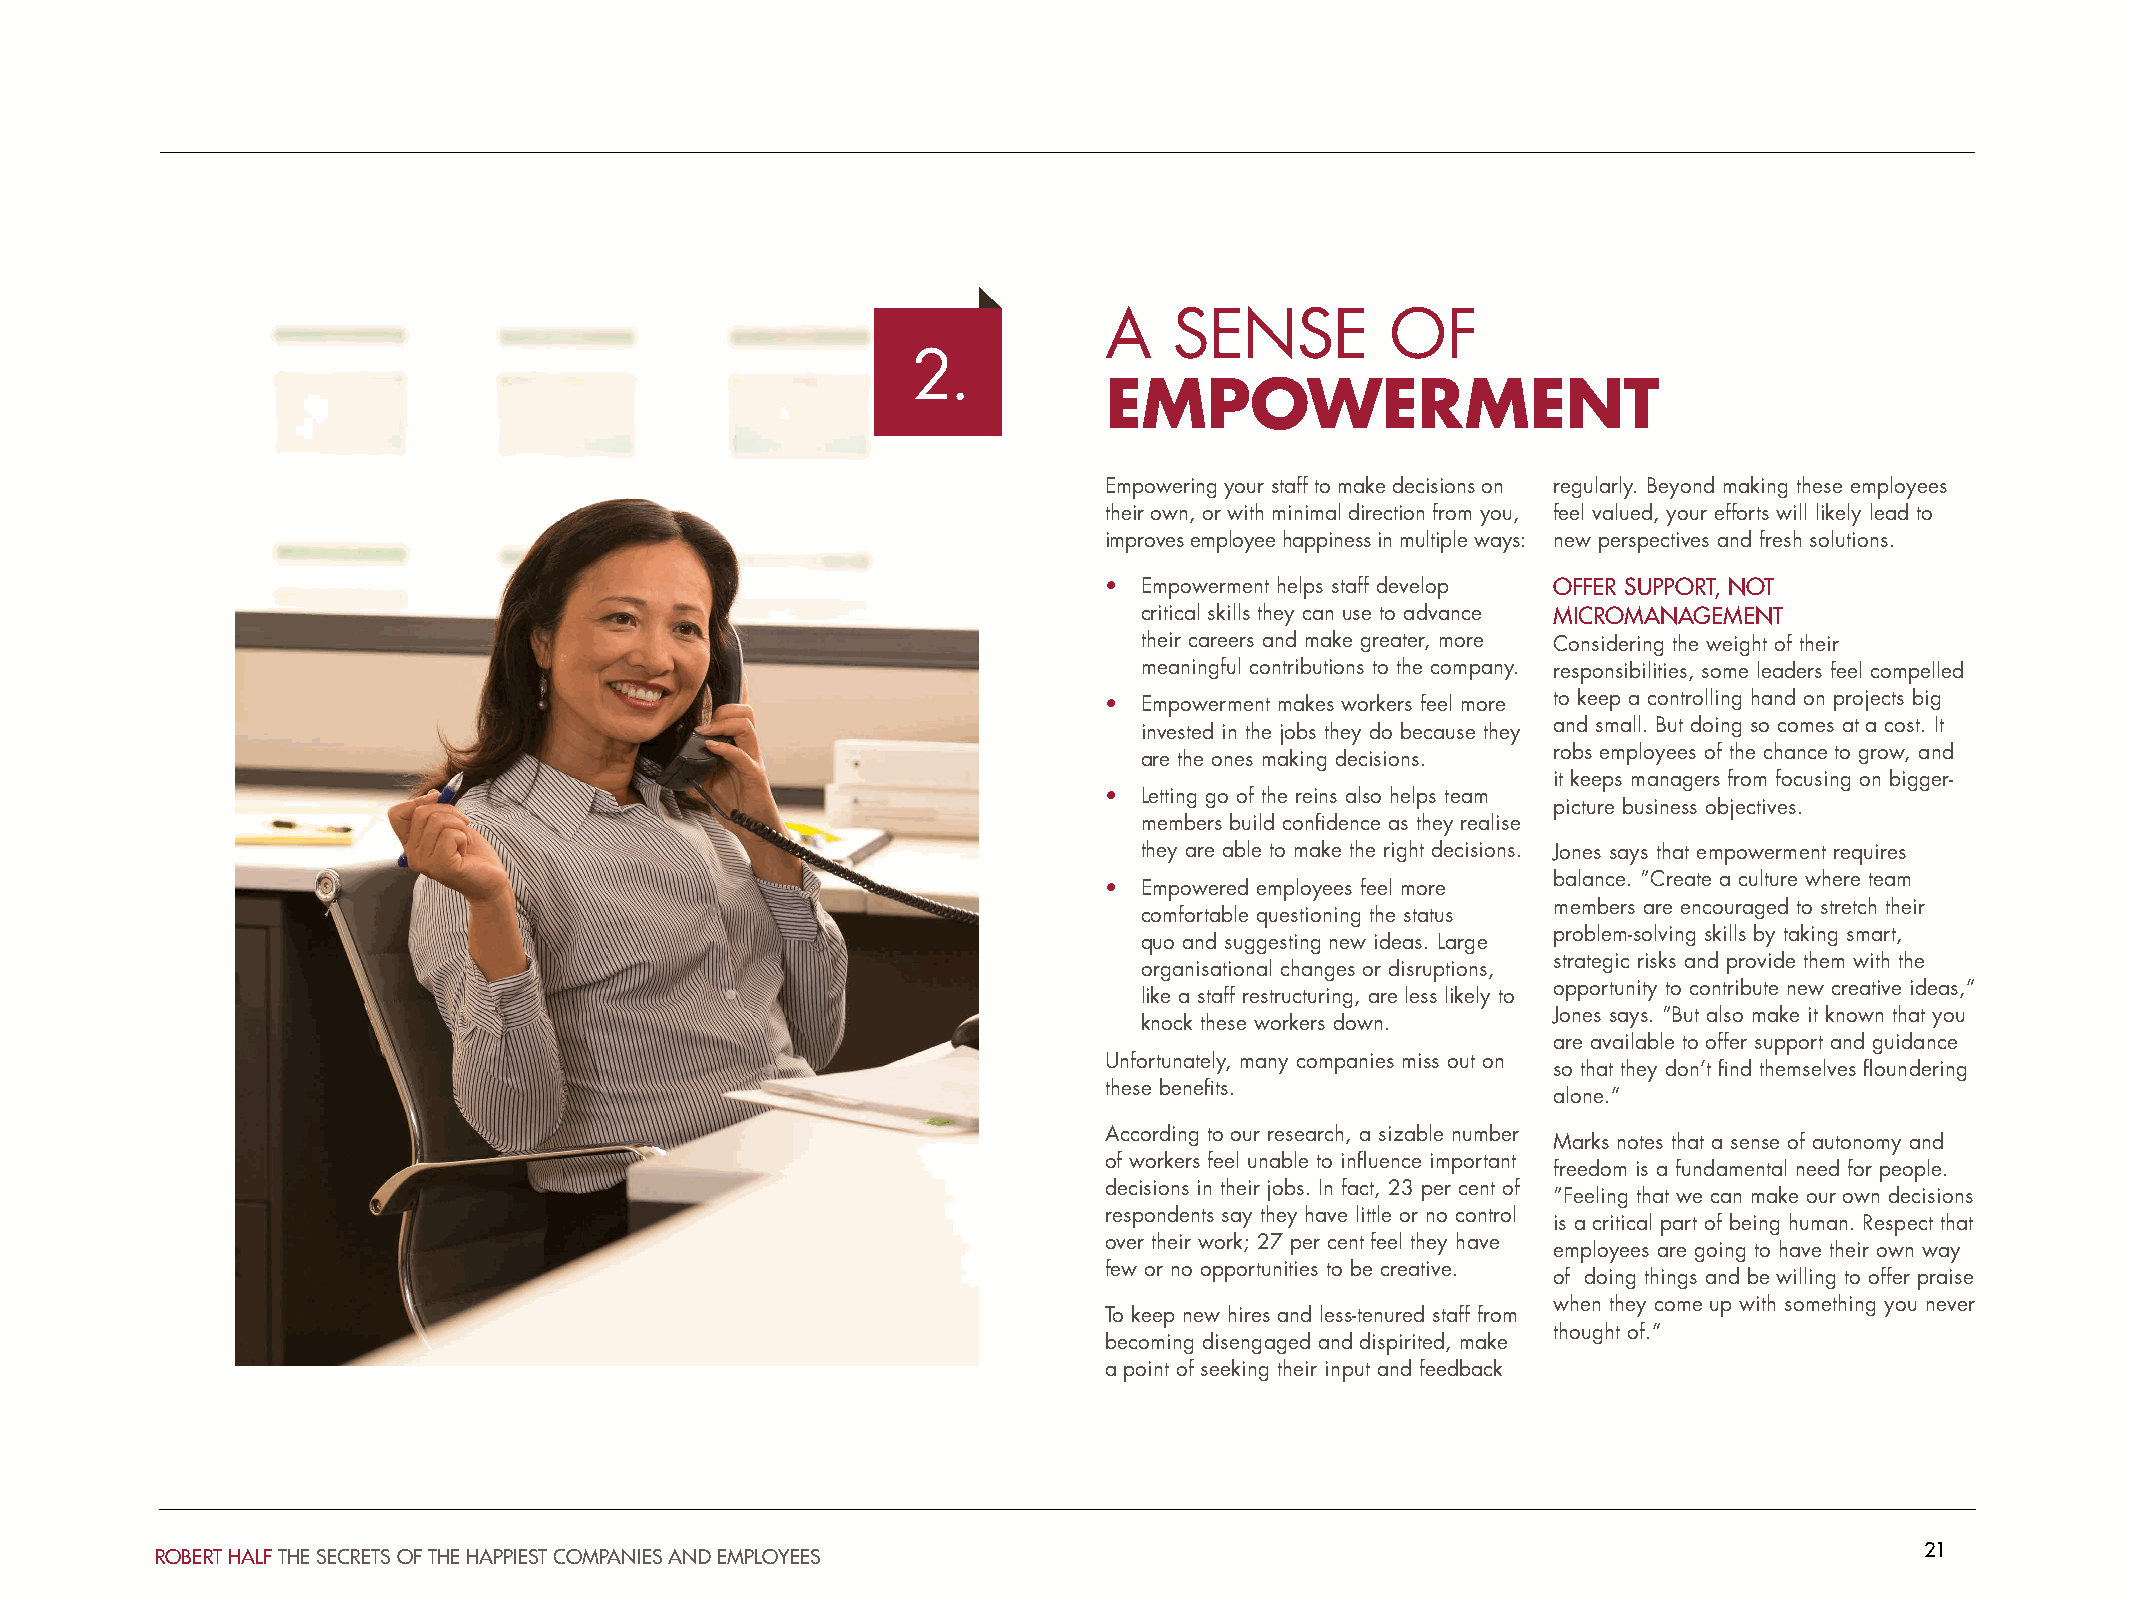
A    SENSE         OF
 2.
 EMPOWERMENT
 Empowering your staff to make decisions on regularly. Beyond making these employees
 their own, or with minimal direction from you, feel valued, your efforts will likely lead to
 improves employee happiness in multiple ways: new perspectives and fresh solutions.
 • Empowerment helps staff develop OFFER SUPPORT, NOT
 critical skills they can use to advance MICROMANAGEMENT
 their careers and make greater, more Considering the weight of their
 meaningful contributions to the company. responsibilities, some leaders feel compelled
 • Empowerment makes workers feel more to keep a controlling hand on projects big
 invested in the jobs they do because they and small. But doing so comes at a cost. It
 are the ones making decisions. robs employees of the chance to grow, and
 it keeps managers from focusing on bigger-
 • Letting go of the reins also helps team
 picture business objectives.
 members build confidence as they realise
 they are able to make the right decisions. Jones says that empowerment requires
 balance. “Create a culture where team
 • Empowered employees feel more
 members are encouraged to stretch their
 comfortable questioning the status
 problem-solving skills by taking smart,
 quo and suggesting new ideas. Large
 strategic risks and provide them with the
 organisational changes or disruptions,
 opportunity to contribute new creative ideas,”
 like a staff restructuring, are less likely to
 Jones says. “But also make it known that you
 knock these workers down.
 are available to offer support and guidance
 Unfortunately, many companies miss out on
 so that they don’t find themselves floundering
 these benefits.
 alone.”
 According to our research, a sizable number
 Marks notes that a sense of autonomy and
 of workers feel unable to influence important
 freedom is a fundamental need for people.
 decisions in their jobs. In fact, 23 per cent of
 “Feeling that we can make our own decisions
 respondents say they have little or no control
 is a critical part of being human. Respect that
 over their work; 27 per cent feel they have
 employees are going to have their own way
 few or no opportunities to be creative.
 of doing things and be willing to offer praise
 when they come up with something you never
 To keep new hires and less-tenured staff from
 thought of.”
 becoming disengaged and dispirited, make
 a point of seeking their input and feedback
 21
 ROBERT HALF THE SECRETS OF THE HAPPIEST COMPANIES AND EMPLOYEES